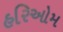
હરિઓમ